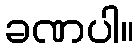
ခဏပါ။